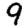
Digit: 9